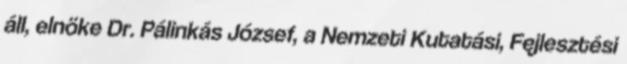
áll, elnöke Dr. Pálinkás József, a Nemzeti Kutatási, Fejlesztési